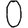
Digit: 0